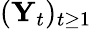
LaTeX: (\mathbf{Y}_{t})_{t\geq 1}